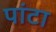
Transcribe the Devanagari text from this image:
पांटा